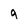
Character: 9